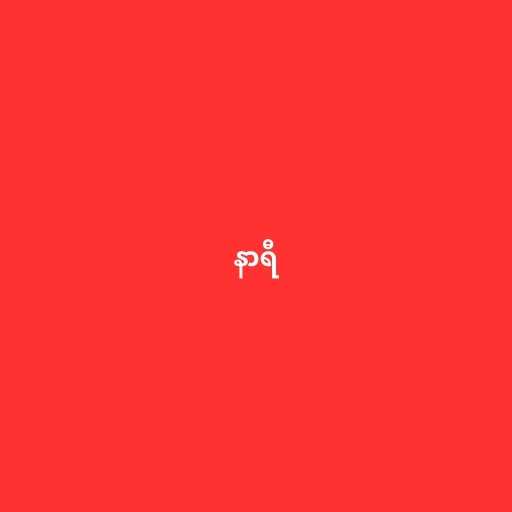
နာရီ